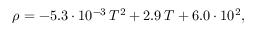
\rho = - 5 . 3 \cdot 1 0 ^ { - 3 } \, T ^ { 2 } + 2 . 9 \, T + 6 . 0 \cdot 1 0 ^ { 2 } ,